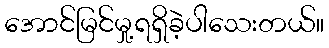
အောင်မြင်မှု့ရရှိခဲ့ပါသေးတယ်။